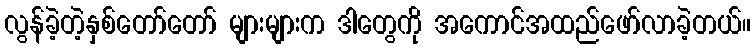
လွန်ခဲ့တဲ့နှစ်တော်တော် များများက ဒါတွေကို အကောင်အထည်ဖော်လာခဲ့တယ်။